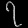
Digit: ၇